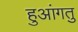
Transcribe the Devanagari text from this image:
हुआंगतु